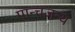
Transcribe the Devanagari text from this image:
पान्चजन्य